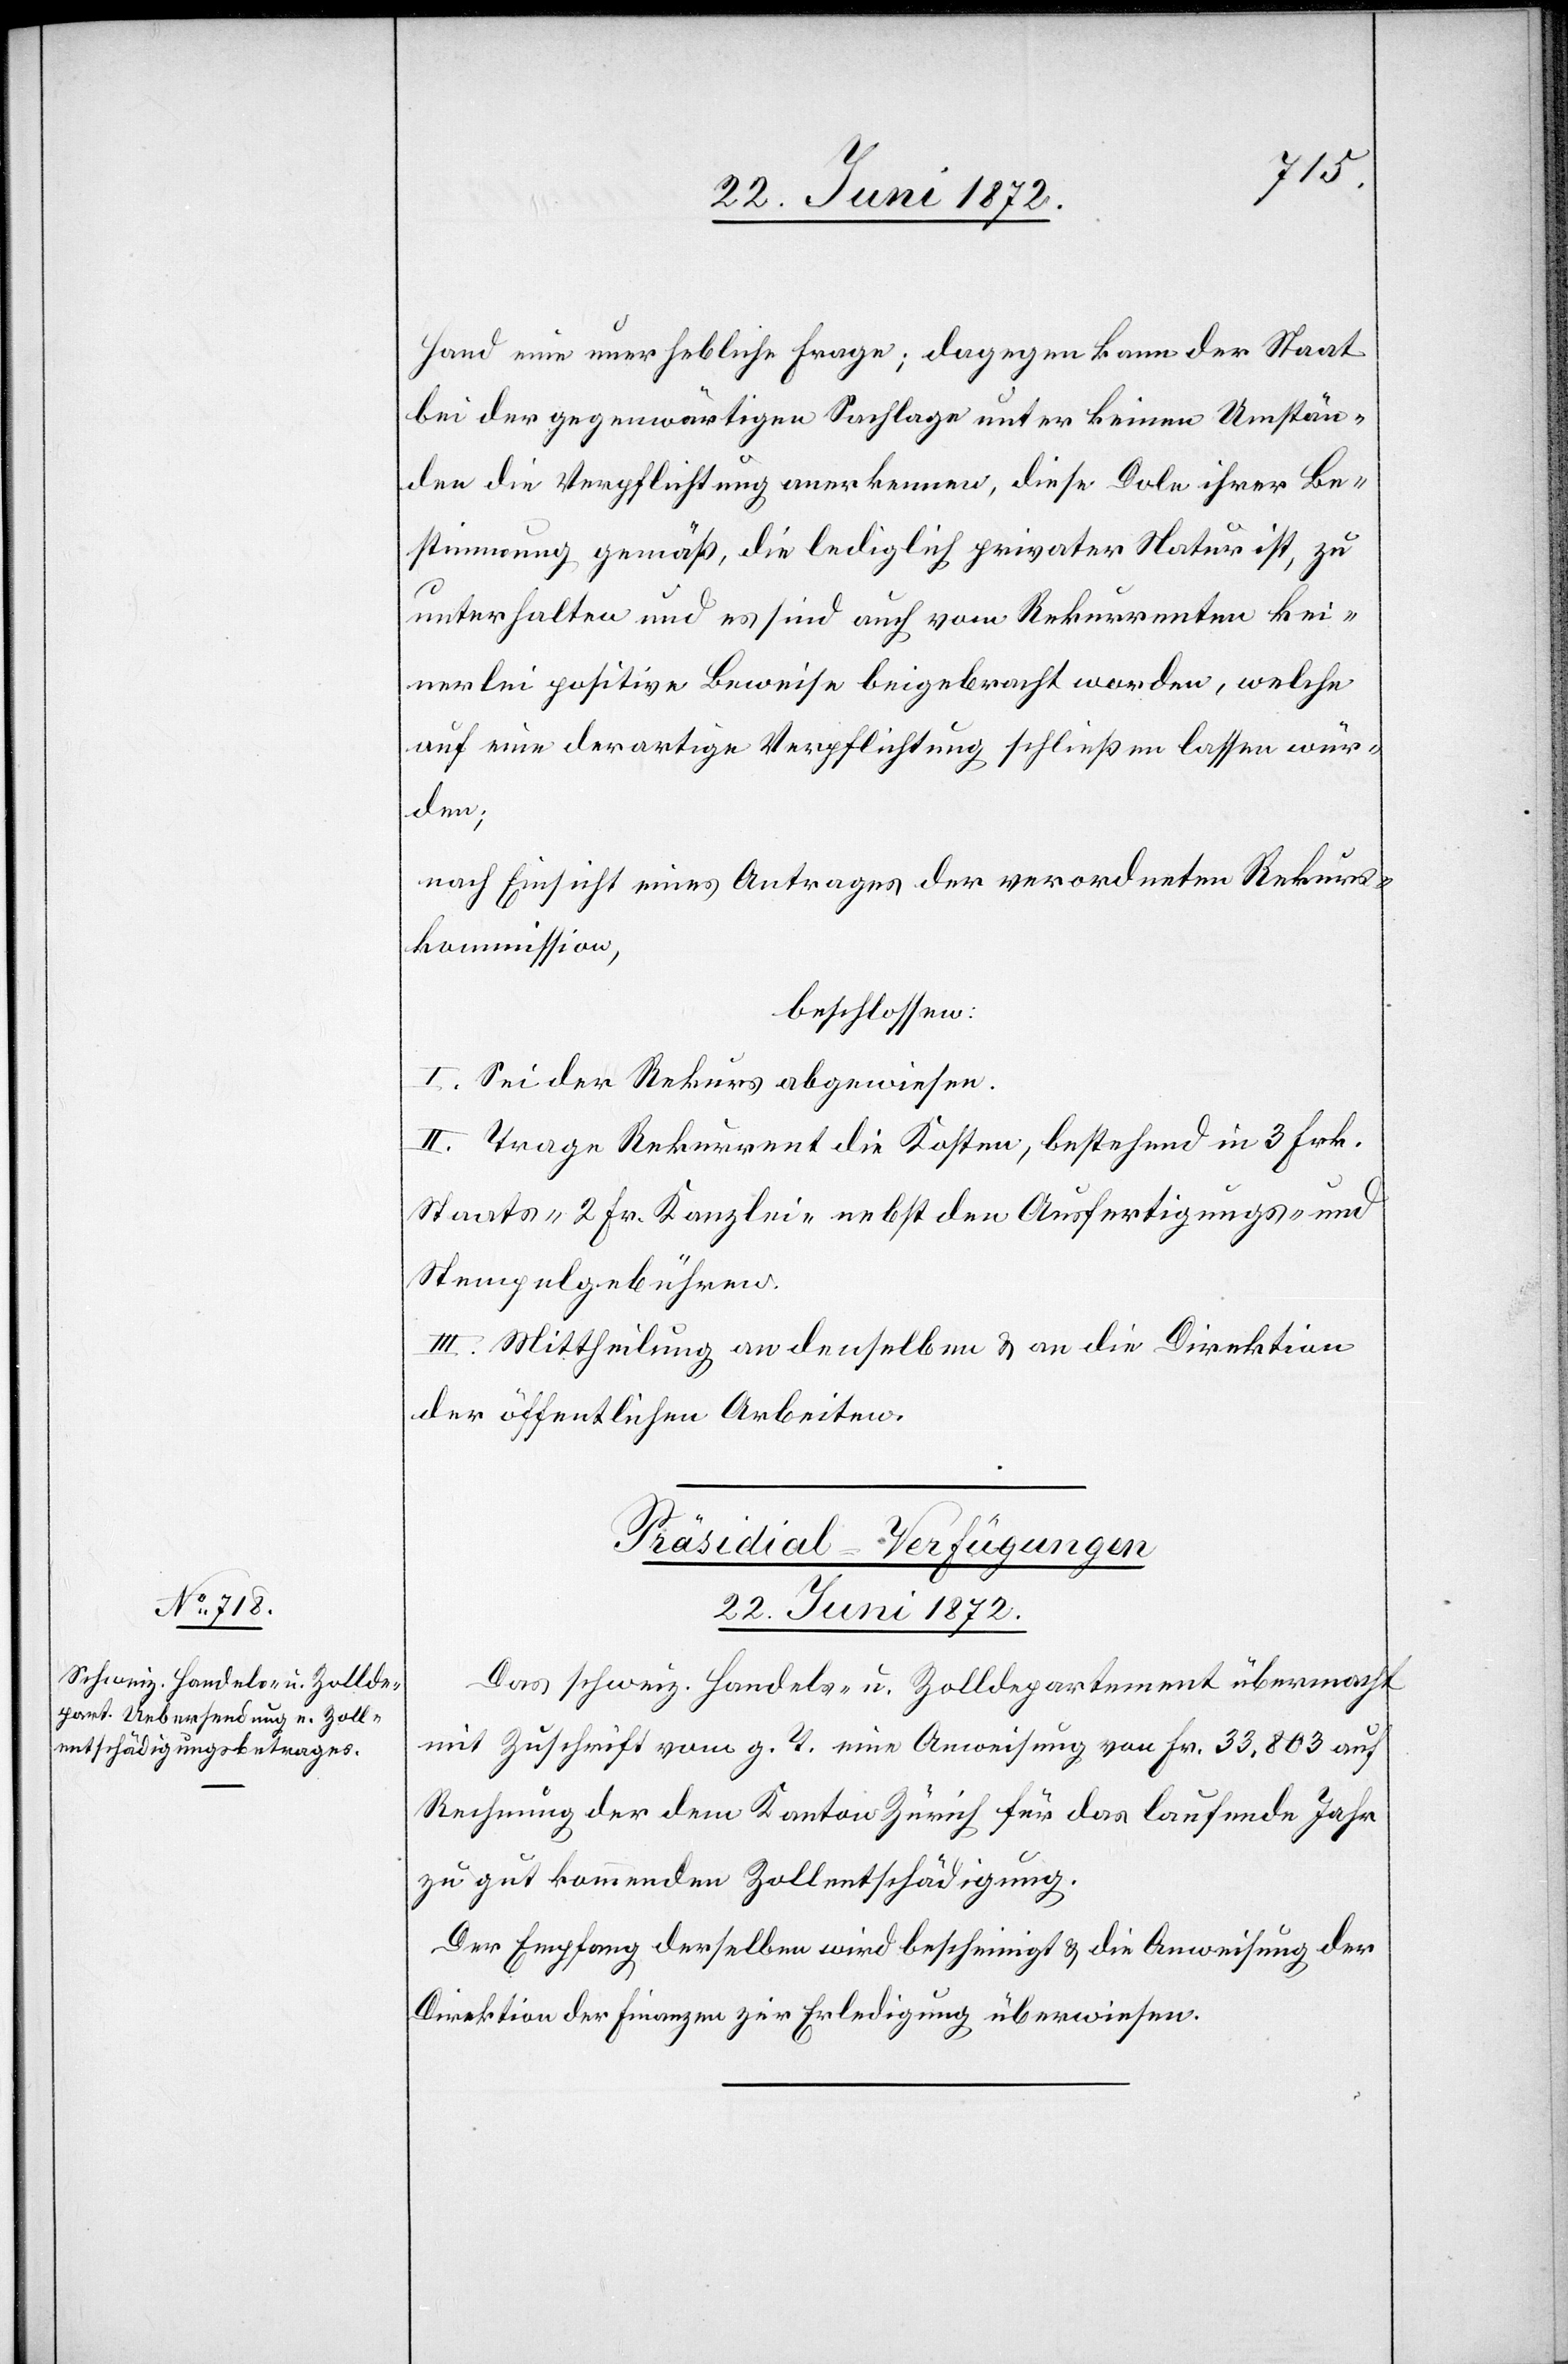
Hand eine unerhebliche Frage; dagegen kann der Staat
bei der gegenwärtigen Sachlage unter keinen Umstän¬
den die Verpflichtung anerkennen, diese Dole ihrer Be¬
stimmung gemäß, die lediglich privater Natur ist, zu
unterhalten und es sind auch vom Rekurrenten kei¬
nerlei positive Beweise beigebracht worden, welche
auf eine derartige Verpflichtung schließen lassen wür¬
den;
nach Einsicht eines Antrages der verordneten Rekurs¬
kommission,
beschlossen:
I. Sei der Rekurs abgewiesen.
II. Trage Rekurrent die Kosten, bestehend in 3 Frk.
Staats-[,] 2 Fr. Kanzlei- nebst den Ausfertigungs- und
Stempelgebühren.
III. Mittheilung an denselben u. an die Direktion
der öffentlichen Arbeiten.
Präsidial-Verfügungen
22. Juni 1872.
Das schweiz. Handels- u. Zolldepartement übermacht
mit Zuschrift vom g. T. eine Anweisung von Fr. 33,803 auf
Rechnung der dem Kanton Zürich für das laufende Jahr
zu gut kommenden Zollentschädigung.
Der Empfang derselben wird bescheinigt u. die Anweisung der
Direktion der Finanzen zur Erledigung überwiesen.